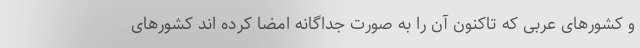
و کشورهای عربی که تاکنون آن را به صورت جداگانه امضا کرده اند کشورهای